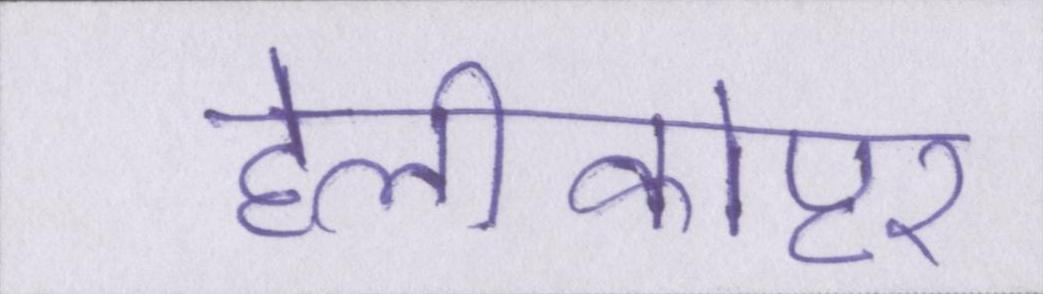
हेलीकोप्टर